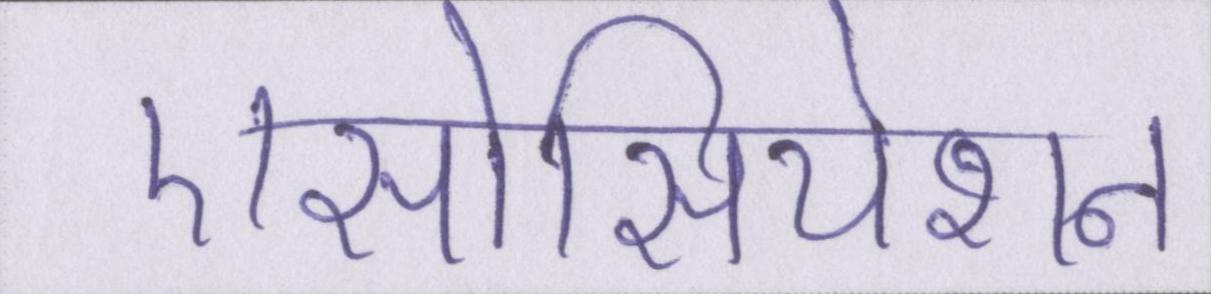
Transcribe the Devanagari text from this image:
एसोसियेशन